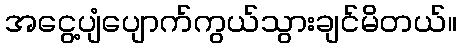
အငွေ့ပျံပျောက်ကွယ်သွားချင်မိတယ်။